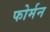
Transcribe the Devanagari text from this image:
फोर्मन